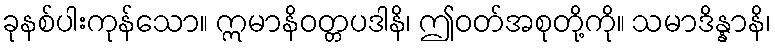
ခုနစ်ပါးကုန်သော။ ဣမာနိဝတ္တပဒါနိ၊ ဤဝတ်အစုတို့ကို။ သမာဒိန္နာနိ၊